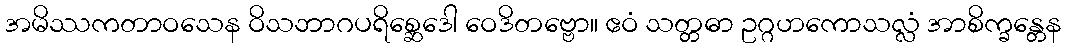
အမိဿကတာဝသေန ဝိသဘာဂပရိစ္ဆေဒေါ ဝေဒိတဗ္ဗော။ ဧဝံ သတ္တဓာ ဥဂ္ဂဟကောသလ္လံ အာစိက္ခန္တေန